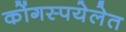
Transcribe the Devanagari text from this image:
कोंगस्पयेलेत